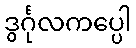
ဒွင်္ဂုလကပ္ပေါ